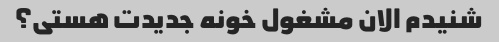
شنیدم الان مشغول خونه جدیدت هستی؟